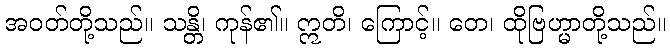
အဝတ်တို့သည်။ သန္တိ၊ ကုန်၏။ ဣတိ၊ ကြောင့်။ တေ၊ ထိုဗြဟ္မာတို့သည်။